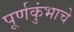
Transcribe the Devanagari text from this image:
पूर्णकुंभाचे